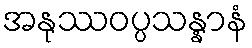
အနုဿဝပ္ပသန္နာနံ